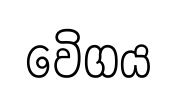
වෙිගය